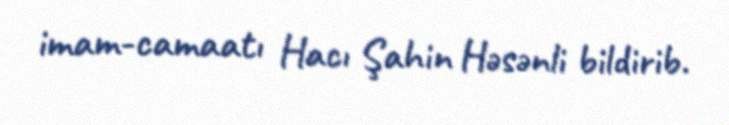
imam-camaatı Hacı Şahin Həsənli bildirib.